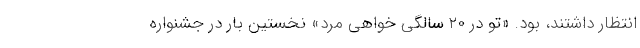
انتظار داشتند، بود. «تو در ۲۰ سالگی خواهی مرد» نخستین بار در جشنواره